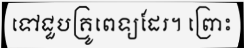
ទៅជួបគ្រូពេទ្យដែរ។ ព្រោះ